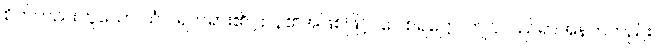
စိတ်တည်းဟူသော သံဝ ရတရား၏ ဌာန၏အဖြစ်ဖြင့်။ ဂေါစရဋ္ဌော၊ ကျင်လည်ရာအနက်တည်း။